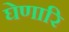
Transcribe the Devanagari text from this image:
घेणारि